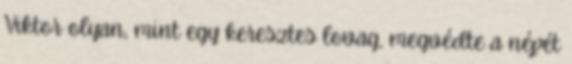
Viktor olyan, mint egy keresztes lovag, megvédte a népét